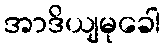
အာဒိယျမုခေါ